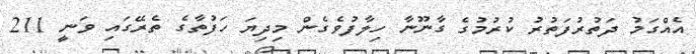
އެއްގަމު ދަތުރުފަތުރު ކުރުމުގެ ގާނޫނާ ހިލާފުވެގެން މިދިޔަ ހަފުތާގެ ތެރޭގައި ވަނީ 211